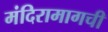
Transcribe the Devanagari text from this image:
मंदिरामागची